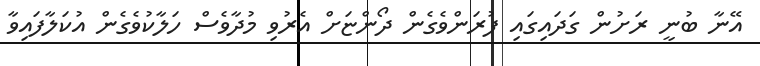
އޭނާ ބުނީ ރަށުން ގަދައިގައި ފުރަންވެގެން ދޯންޏަށް އެރުވި މުދާވެސް ހަލާކުވެގެން އުކަލާފައިވާ